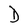
Character: D